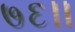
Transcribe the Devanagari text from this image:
७६।।